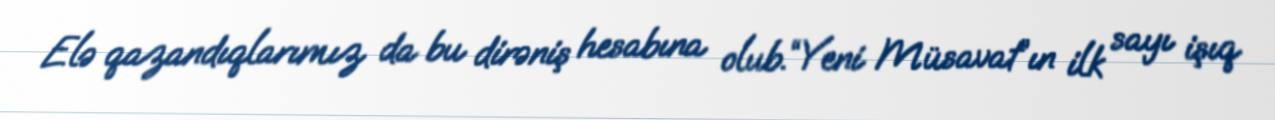
Elə qazandıqlarımız da bu dirəniş hesabına olub.“Yeni Müsavat”ın ilk sayı işıq